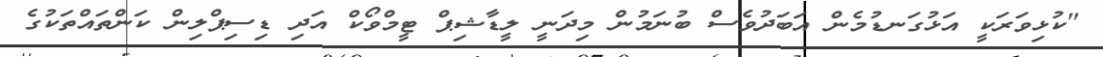
"ކުޅިވަރަކީ އަޅުގަނޑުމެން އަބަދުވެސް ބުނަމުން މިދަނީ ލީޑާޝިޕް ޓީމްވޯކް އަދި ޑިސިޕްލިން ކަންތައްތަކުގެ